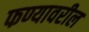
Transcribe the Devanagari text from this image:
फण्यावरील